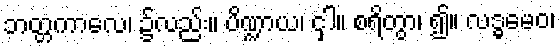
ဘတ္တကာလေ၊ ၌လည်း။ ပိဏ္ဍာယ၊ ငှါ။ စရိတွာ၊ ၍။ လဒ္ဓမေဝ၊